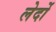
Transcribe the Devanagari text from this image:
लेर्दो